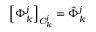
\left[ \Phi _ { k } ^ { j } \right] _ { C _ { k } ^ { j } } = \hat { \Phi } _ { k } ^ { j }